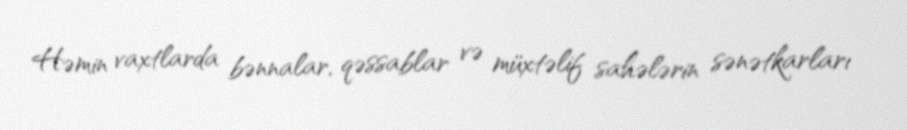
Həmin vaxtlarda bənnalar, qəssablar və müxtəlif sahələrin sənətkarları